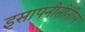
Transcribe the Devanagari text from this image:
इसापनीतीतील